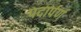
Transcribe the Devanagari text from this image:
पदार्पर्ण